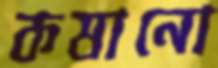
কষানো